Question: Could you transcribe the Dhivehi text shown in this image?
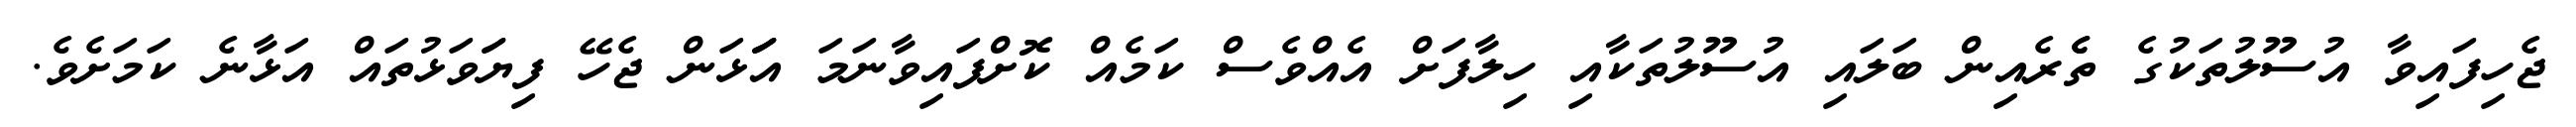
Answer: ޖެހިފައިވާ އުސޫލުތަކުގެ ތެެރެއިން ބަލައި އުސޫލުތަކާއި ހިލާފަށް އެއްވެސް ކަމެއް ކޮށްފައިވާނަމަ އަަަޅަން ޖެހޭ ފިޔަަވަޅުތައް އަޅާނެ ކަމަށެވެ.